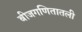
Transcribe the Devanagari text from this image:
बीजगणितातली